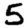
Digit: 5